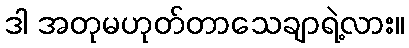
ဒါ အတုမဟုတ်တာသေချာရဲ့လား။